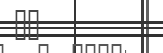
٥٨